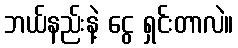
ဘယ်နည်းနဲ့ ငွေ ရှင်းတာလဲ။